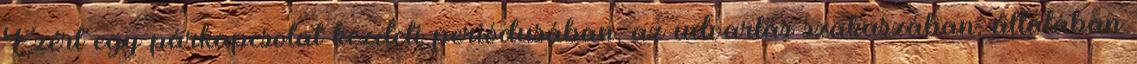
Ezért egy párkapcsolat kezdeti periódusában, az udvarlás szakaszában, általában